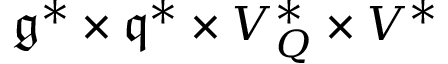
\mathfrak { g } ^ { * } \times \mathfrak { q } ^ { * } \times V _ { Q } ^ { * } \times V ^ { * }